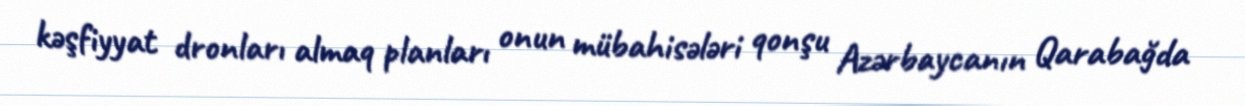
kəşfiyyat dronları almaq planları onun mübahisələri qonşu Azərbaycanın Qarabağda